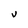
Character: V